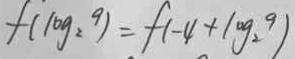
f ( \log _ { 2 } ^ { 9 } ) = f ( - 4 + \log _ { 2 } ^ { 9 } )